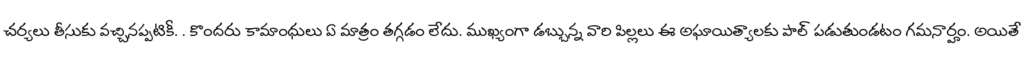
చర్యలు తీసుకు వచ్చినప్పటికీ. . కొందరు కామాంధులు ఏ మాత్రం తగ్గడం లేదు. ముఖ్యంగా డబ్బున్న వారి పిల్లలు ఈ అఘాయిత్యాలకు పాల్ పడుతుండటం గమనార్హం. అయితే